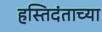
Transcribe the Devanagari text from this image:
हस्तिदंताच्या